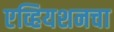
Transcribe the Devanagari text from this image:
एव्हियशनचा